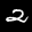
Label: 2